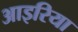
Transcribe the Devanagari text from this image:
आइरिया